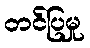
တင်ပြမှု